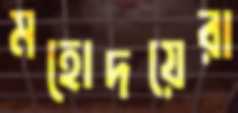
মহোদয়েরা